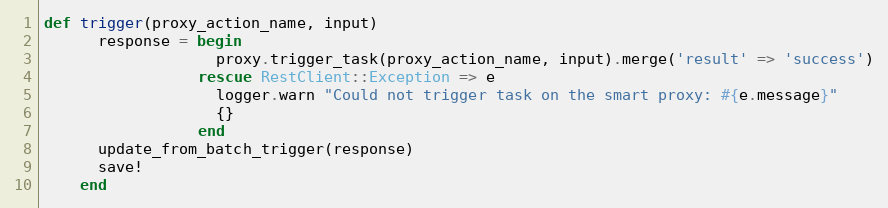
Language: Ruby
def trigger(proxy_action_name, input)
      response = begin
                   proxy.trigger_task(proxy_action_name, input).merge('result' => 'success')
                 rescue RestClient::Exception => e
                   logger.warn "Could not trigger task on the smart proxy: #{e.message}"
                   {}
                 end
      update_from_batch_trigger(response)
      save!
    end